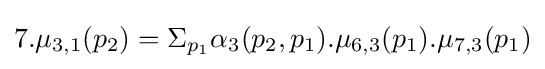
7.\mu _{3,1}(p_{2})=\Sigma _{p_{1}}\alpha _{3}(p_{2},p_{1}).\mu _{6,3}(p_{1}).\mu _{7,3}(p_{1})